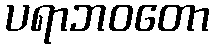
ပရာဘဝတော